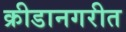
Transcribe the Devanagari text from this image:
क्रीडानगरीत